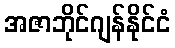
အဇာဘိုင်ဂျန်နိုင်ငံ